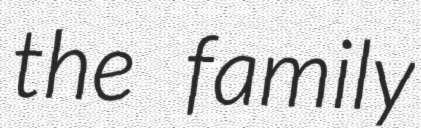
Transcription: the family